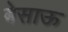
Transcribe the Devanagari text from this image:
बेसाऊ